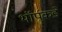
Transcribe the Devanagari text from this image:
थॉर्पकडे